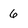
Character: 6